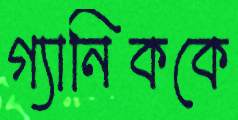
গ্যানিককে